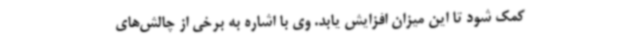
کمک شود تا این میزان افزایش یابد. وی با اشاره به برخی از چالش‌های